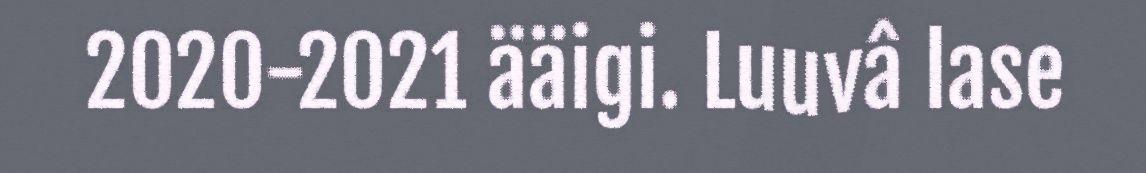
2020-2021 ääigi. Luuvâ lase